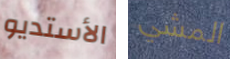
الأستديو المشي